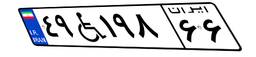
۹۵W۴۷۹۳۲